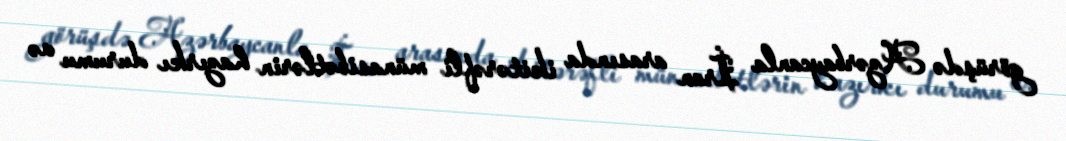
görüşdə Azərbaycanla İran arasında ikitərəfli münasibətlərin hazırkı durumu və